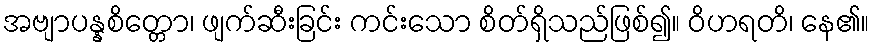
အဗျာပန္နစိတ္တော၊ ဖျက်ဆီးခြင်း ကင်းသော စိတ်ရှိသည်ဖြစ်၍။ ဝိဟရတိ၊ နေ၏။